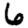
Digit: 6